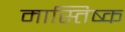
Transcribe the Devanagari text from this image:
मास्तिष्क